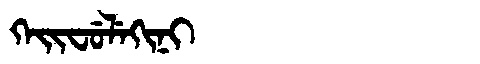
Manchu: ᡴᡝᡳᠸᡠᠯᡝᡴᡳᠨᡳ
Romanization: KEIFULEKINI